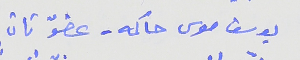
يوسف موسى حاكمه – عضوّ ثان